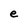
Character: e